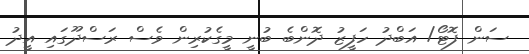
ސަން ފޮޓޯ/ އަބްދު ހަފީޒު ދޮންބެ ބުނީ މީގެކުރިން ވެސް ރަސްދޫގައި އީދު